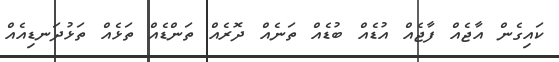
ކައިގެން އާޖެއް ފާޖެއް އުޑެއް ބުޑެއް ތަނެއް ދޮރެއް ތަންޑެއް ތަޅެއް ތަޅުދަނޑިއެއް